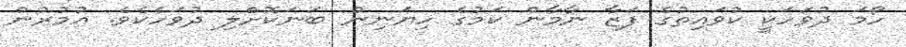
ހޯމަ ދުވަހަކީ ކުވައިތުގެ ފަޒާ ނާމާން ކަމުގެ ހިޔަނިން ބަނަކޮށްލި ދުވަހެކެވެ. އުމުރުން